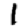
Digit: 1